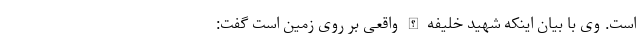
است. وی با بیان اینکه شهید خلیفه الله واقعی بر روی زمین است گفت: